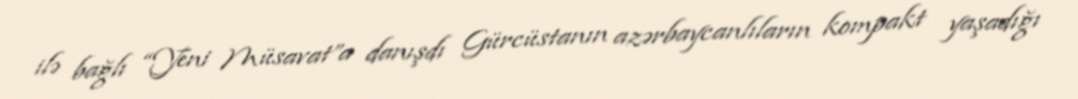
ilə bağlı “Yeni Müsavat”a danışdı Gürcüstanın azərbaycanlıların kompakt yaşadığı